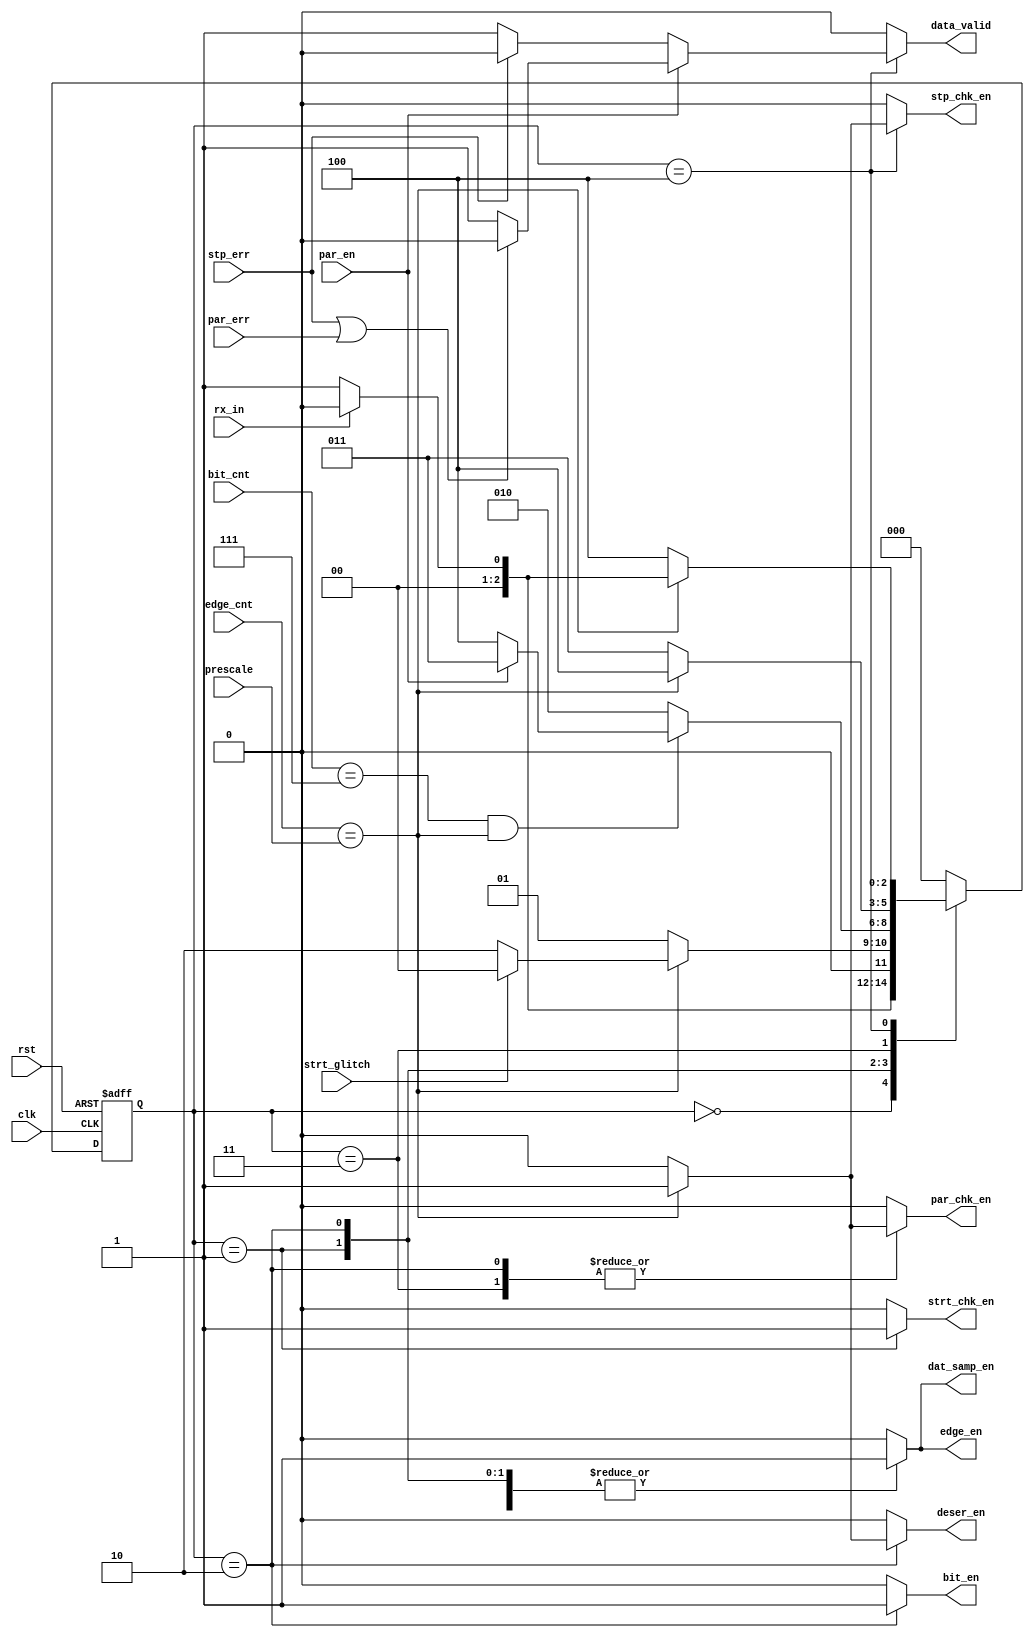
module uart_rx_fsm (clk, rst, rx_in, par_en, prescale, edge_cnt, bit_cnt, stp_err, strt_glitch, par_err, dat_samp_en, edge_en, bit_en, deser_en, data_valid, stp_chk_en, strt_chk_en, par_chk_en);

input clk, rst, rx_in, par_en;
input [4:0] edge_cnt, prescale;
input [2:0] bit_cnt; 
input stp_err, strt_glitch, par_err; 
output reg dat_samp_en, edge_en, bit_en, deser_en;
output reg data_valid;
output reg stp_chk_en, strt_chk_en, par_chk_en;

reg [2:0] current_state, next_state;

parameter [2:0] idle   = 3'b000 ;
parameter [2:0] start  = 3'b001 ;
parameter [2:0] data   = 3'b010 ;
parameter [2:0] parity = 3'b011 ;
parameter [2:0] stop   = 3'b100 ;
parameter [2:0] check  = 3'b101 ;

always@(posedge clk or negedge rst)
begin
    if(!rst)
    current_state <= idle ;
    else
    current_state <= next_state ;
end

always@(*)
begin
    case(current_state)
    idle:
    begin
        if(rx_in)
        next_state = idle;
        else
        next_state = start;
    end
    start:
    begin
        if (edge_cnt == prescale)
        begin
        if(strt_glitch)
        next_state = idle;
        else
        next_state = data;
        end
        else
        next_state = start;
    end
    data:
    begin
        if( (bit_cnt == 3'b111) && (edge_cnt == prescale) ) //( (bit_cnt == 3'b111) && (edge_cnt == prescale))
        begin
        if(par_en)
        next_state = parity;
        else
        next_state = stop;
        end
        else
        next_state = data;
    end
    parity:
    begin
        if (edge_cnt == prescale) 
        next_state = stop;   // uart_rx notes
        else
        next_state = parity;
    end
    stop:
    begin
        if (edge_cnt == prescale)
        begin
        if(rx_in)
        next_state = idle;
        else
        next_state = start;       //idle
        end
        else
        next_state = stop;
    end
    /*
    check:
    begin
        if(rx_in)
        next_state = idle;
        else
        next_state = start;
    end
    */
    default:
    begin
        next_state = idle;
    end
    endcase
end

always@(*)
begin
    case(current_state)
    idle:
    begin
        dat_samp_en = 1'b0 ;
        edge_en     = 1'b0 ;
        bit_en      = 1'b0 ;
        deser_en    = 1'b0 ;
        data_valid  = 1'b0 ;
        stp_chk_en  = 1'b0 ;
        strt_chk_en = 1'b0 ;
        par_chk_en  = 1'b0 ;
    end
    start:
    begin
        dat_samp_en = 1'b1 ;
        edge_en     = 1'b1 ;
        bit_en      = 1'b0 ;
        deser_en    = 1'b0 ;
        data_valid  = 1'b0 ;
        stp_chk_en  = 1'b0 ;
        strt_chk_en = 1'b1 ;
        par_chk_en  = 1'b0 ;
    end
    data:
    begin
        dat_samp_en = 1'b1 ;
        edge_en     = 1'b1 ;
        bit_en      = 1'b1 ;
        if (edge_cnt == prescale)
        deser_en    = 1'b1 ;
        else
        deser_en    = 1'b0 ;
        data_valid  = 1'b0 ;
        stp_chk_en  = 1'b0 ;
        strt_chk_en = 1'b0 ;
        if (edge_cnt == prescale) //((edge_cnt == prescale) && par_en)
        par_chk_en  = 1'b1 ;
        else
        par_chk_en  = 1'b0 ;
    end
    parity:
    begin
        dat_samp_en = 1'b1 ;
        edge_en     = 1'b1 ;
        bit_en      = 1'b0 ;
        deser_en    = 1'b0 ;
        data_valid  = 1'b0 ;
        stp_chk_en  = 1'b0 ;
        strt_chk_en = 1'b0 ;
        if (edge_cnt == prescale)
        par_chk_en  = 1'b1 ; // if (edg cnt == prescale)
        else
        par_chk_en  = 1'b0 ;
    end
    stop:
    begin
        dat_samp_en = 1'b1 ;
        edge_en     = 1'b1 ;
        bit_en      = 1'b0 ;
        deser_en    = 1'b0 ;
        if(par_en)
        begin
        if(stp_err || par_err)
        data_valid  = 1'b0 ;
        else
        data_valid  = 1'b1 ;
        end
        else
        begin
        if(stp_err)
        data_valid  = 1'b0 ;
        else
        data_valid  = 1'b1 ;
        end
        if (edge_cnt == prescale)
        stp_chk_en  = 1'b1 ;
        else
        stp_chk_en  = 1'b0 ;
        strt_chk_en = 1'b0 ;
        par_chk_en  = 1'b0 ;
    end
    /*check:
    begin
        dat_samp_en = 1'b0 ;
        edge_en     = 1'b0 ;
        bit_en      = 1'b0 ;
        deser_en    = 1'b0 ;
        if (par_err || stp_err)
        data_valid  = 1'b0 ;
        else
        data_valid  = 1'b1 ;
        stp_chk_en  = 1'b0 ;
        strt_chk_en = 1'b0 ;
        par_chk_en  = 1'b0 ;
    end*/
    default:
    begin
        dat_samp_en = 1'b0 ;
        edge_en     = 1'b0 ;
        bit_en      = 1'b0 ;
        deser_en    = 1'b0 ;
        data_valid  = 1'b0 ;
        stp_chk_en  = 1'b0 ;
        strt_chk_en = 1'b0 ;
        par_chk_en  = 1'b0 ;
    end
    endcase
end

endmodule